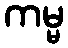
ကမ္မ